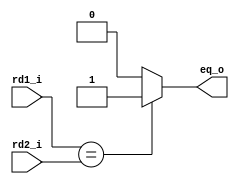
module Eq
(
	rd1_i,
	rd2_i,
	eq_o
);

input	[31:0]	rd1_i;
input	[31:0]	rd2_i;
output	eq_o;

assign eq_o = (rd1_i == rd2_i) ? 1'b1 : 1'b0;

endmodule